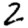
Digit: 2